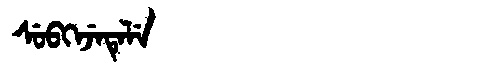
Manchu: ᠰᡠᠪᡴᡝᠵᡝᡨᡝᠯᡝ
Romanization: SUBKEJETELE